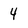
Character: 4